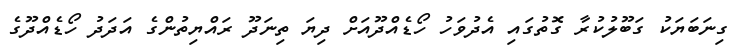
ގިނަބަޔަކު ގަބޫލުކުރާ ގޮތުގައި އެދުވަހު ހޯޑެއްދޫއަށް ދިޔަ ތިނަދޫ ރައްޔިތުންގެ އަދަދު ހޯޑެއްދޫގެ